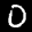
Label: 0